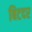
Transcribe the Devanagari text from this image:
बिटदर